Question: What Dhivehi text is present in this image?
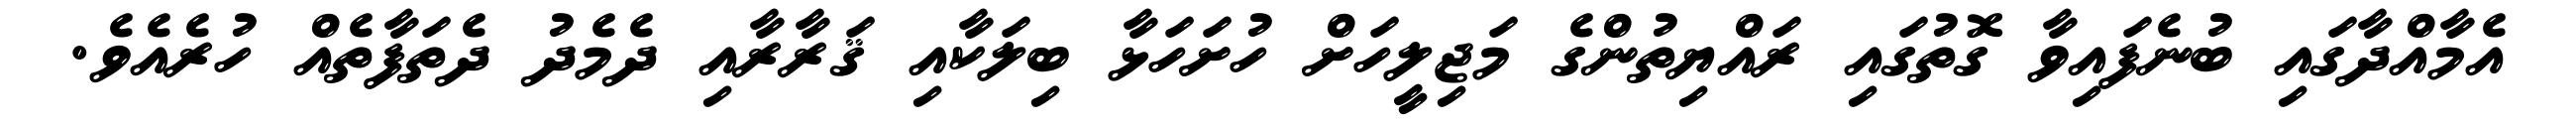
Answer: އެމާއްދާގައި ބުނެފައިވާ ގޮތުގައި ރައްޔިތުންގެ މަޖިލީހަށް ހުށަހަޅާ ބިލަކާއި ޤަރާރާއި ދެމެދު ދެތަފާތެއް ހުރެއެވެ.